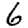
Digit: 6